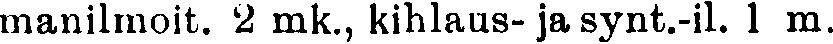
manilmoit. 2 mk., kihlaus- ja synt.-il. 1 m.